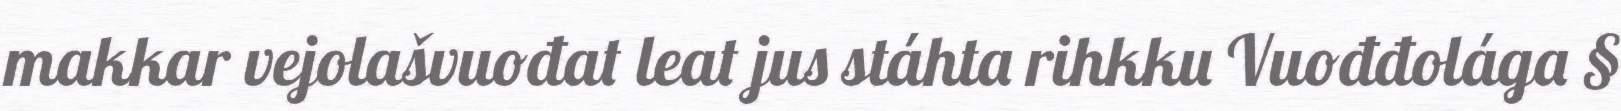
makkar vejolašvuođat leat jus stáhta rihkku Vuođđolága §